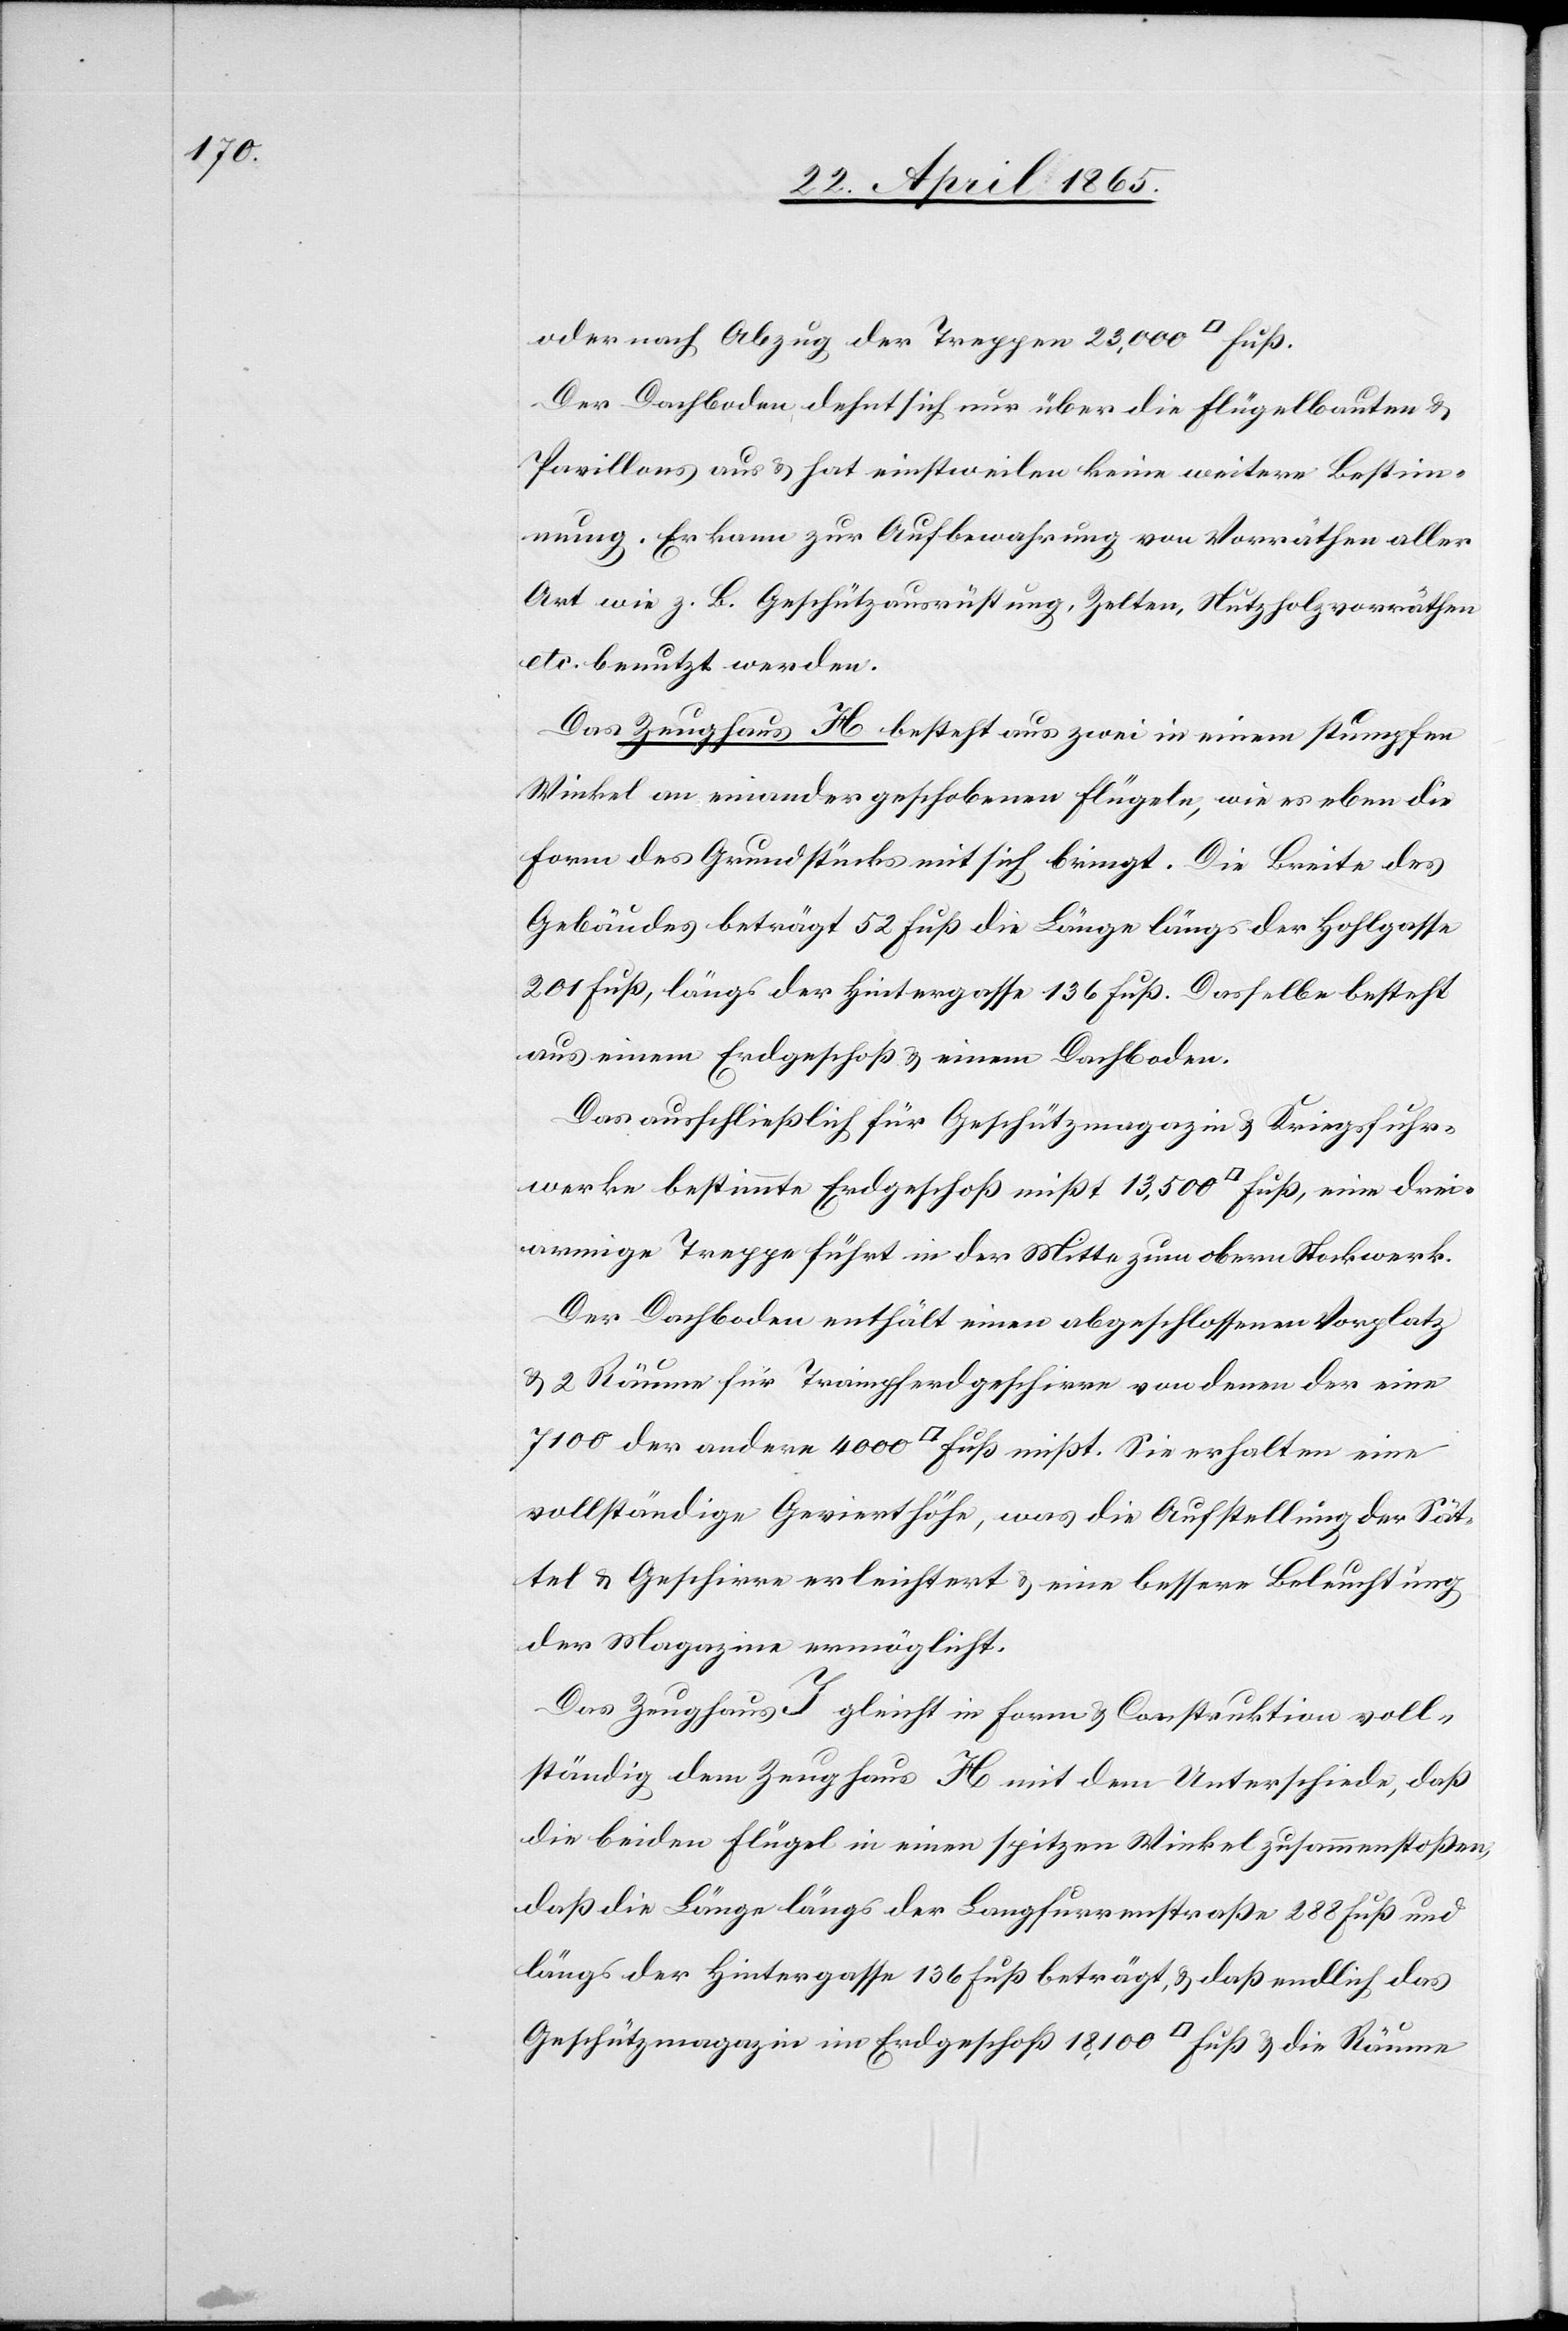
oder nach Abzug der Treppen 23,000 [Quadrat] Fuß.
Der Dachboden dehnt sich nur über die Flügelbauten &
Pavillons aus & hat einstweilen keine weitere Bestim¬
mung. Er kann zur Aufbewahrung von Vorräthen aller
Art wie z. B. Geschützausrüstung, Zelten, Nutzholzvorräthen
etc. benutzt werden.
Das Zeughaus H besteht aus zwei in einem stumpfen
Winkel an einander geschobenen Flügeln, wie es eben die
Form des Grundstücks mit sich bringt. Die Breite des
Gebäudes beträgt 52 Fuß die Länge längs der Hohlgasse
201 Fuß, längs der Hintergasse 136 Fuß. Dasselbe besteht
aus einem Erdgeschoß & einem Dachboden.
Das ausschließlich für Geschützmagazin & Kriegsfuhr¬
werke bestimmte Erdgeschoß mißt 13,500 [Quadrat] Fuß, eine drei¬
armige Treppe führt in der Mitte zum obern Stockwerk.
Der Dachboden enthält einen abgeschlossenen Vorplatz
& 2 Räume für Trampferdgeschirre von denen der eine
7100 der andere 4000 [Quadrat] Fuß mißt. Sie erhalten eine
vollständige Gevierthöhe, was die Aufstellung der Sat¬
tel & Geschirre erleichtert & eine bessere Beleuchtung
der Magazine ermöglicht.
Das Zeughaus J gleicht in Form & Construktion voll¬
ständig dem Zeughaus H mit dem Unterschiede, daß
die beiden Flügel in einen spitzen Winkel zusammenstoßen,
daß die Länge längs der Langfurrenstraße 288 Fuß und
längs der Hintergasse 136 Fuß beträgt, & daß endlich das
Geschützmagazin im Erdgeschoß 18,100 [Quadrat] Fuß & die Räume